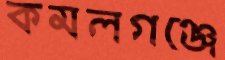
কমলগঞ্জে